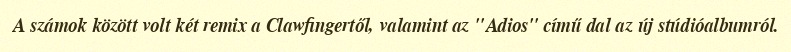
A számok között volt két remix a Clawfingertől, valamint az "Adios" című dal az új stúdióalbumról.